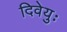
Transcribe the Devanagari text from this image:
दिवेयुः